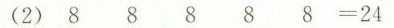
(2)8 8 8 8 8=24